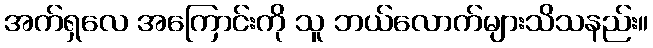
အက်ရှလေ အကြောင်းကို သူ ဘယ်လောက်များသိသနည်း။